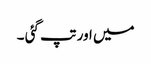
میں اور تپ گئی ۔